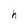
Character: h